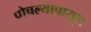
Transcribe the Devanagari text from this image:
पोचल्यापासून